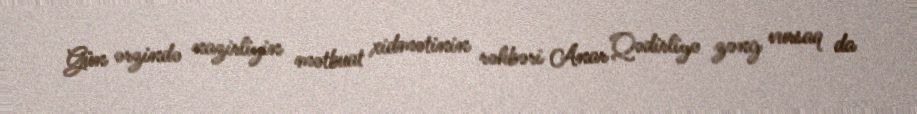
Gün ərzində nazirliyin mətbuat xidmətinin rəhbəri Anar Qədirliyə zəng vursaq da